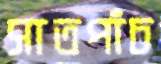
সাতপাঁচ